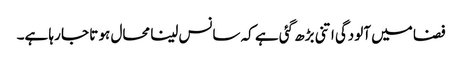
فضا میں آلودگی اتنی بڑھ گئی ہے کہ سانس لینا محال ہو تا جا رہا ہے۔